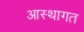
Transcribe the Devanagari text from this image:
आस्थागत